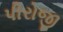
પીરોજી